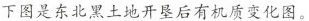
下图是东北黑土地开垦后有机质变化图。